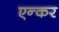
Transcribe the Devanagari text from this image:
एन्कर